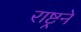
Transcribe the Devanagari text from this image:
राष्ट्रने